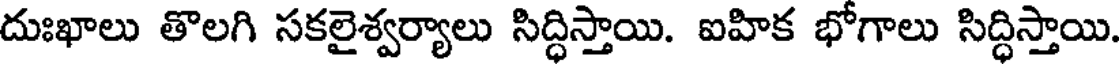
దుఃఖాలు తొలగి సకలైశ్వర్యాలు సిద్ధిస్తాయి. ఐహిక భోగాలు సిద్ధిస్తాయి.